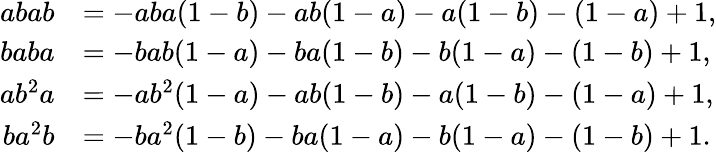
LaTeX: \begin{array}{rl}{abab}&{=-aba(1-b)-ab(1-a)-a(1-b)-(1-a)+1,}\\ {baba}&{=-bab(1-a)-ba(1-b)-b(1-a)-(1-b)+1,}\\ {ab^{2}a}&{=-ab^{2}(1-a)-ab(1-b)-a(1-b)-(1-a)+1,}\\ {ba^{2}b}&{=-ba^{2}(1-b)-ba(1-a)-b(1-a)-(1-b)+1.}\end{array}